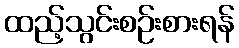
ထည့်သွင်းစဉ်းစားရန်